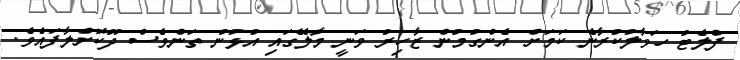
ފްލެޓު ހަވާލުކުރާނެ ކަމަށް އެންގުމުން ޒާހިރު ވަނީ މާލޭގައި އުޅުނު ތަންވެސް ދޫކޮށްލާފައެވެ.